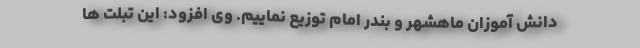
دانش آموزان ماهشهر و بندر امام توزیع نماییم. وی افزود: این تبلت ها